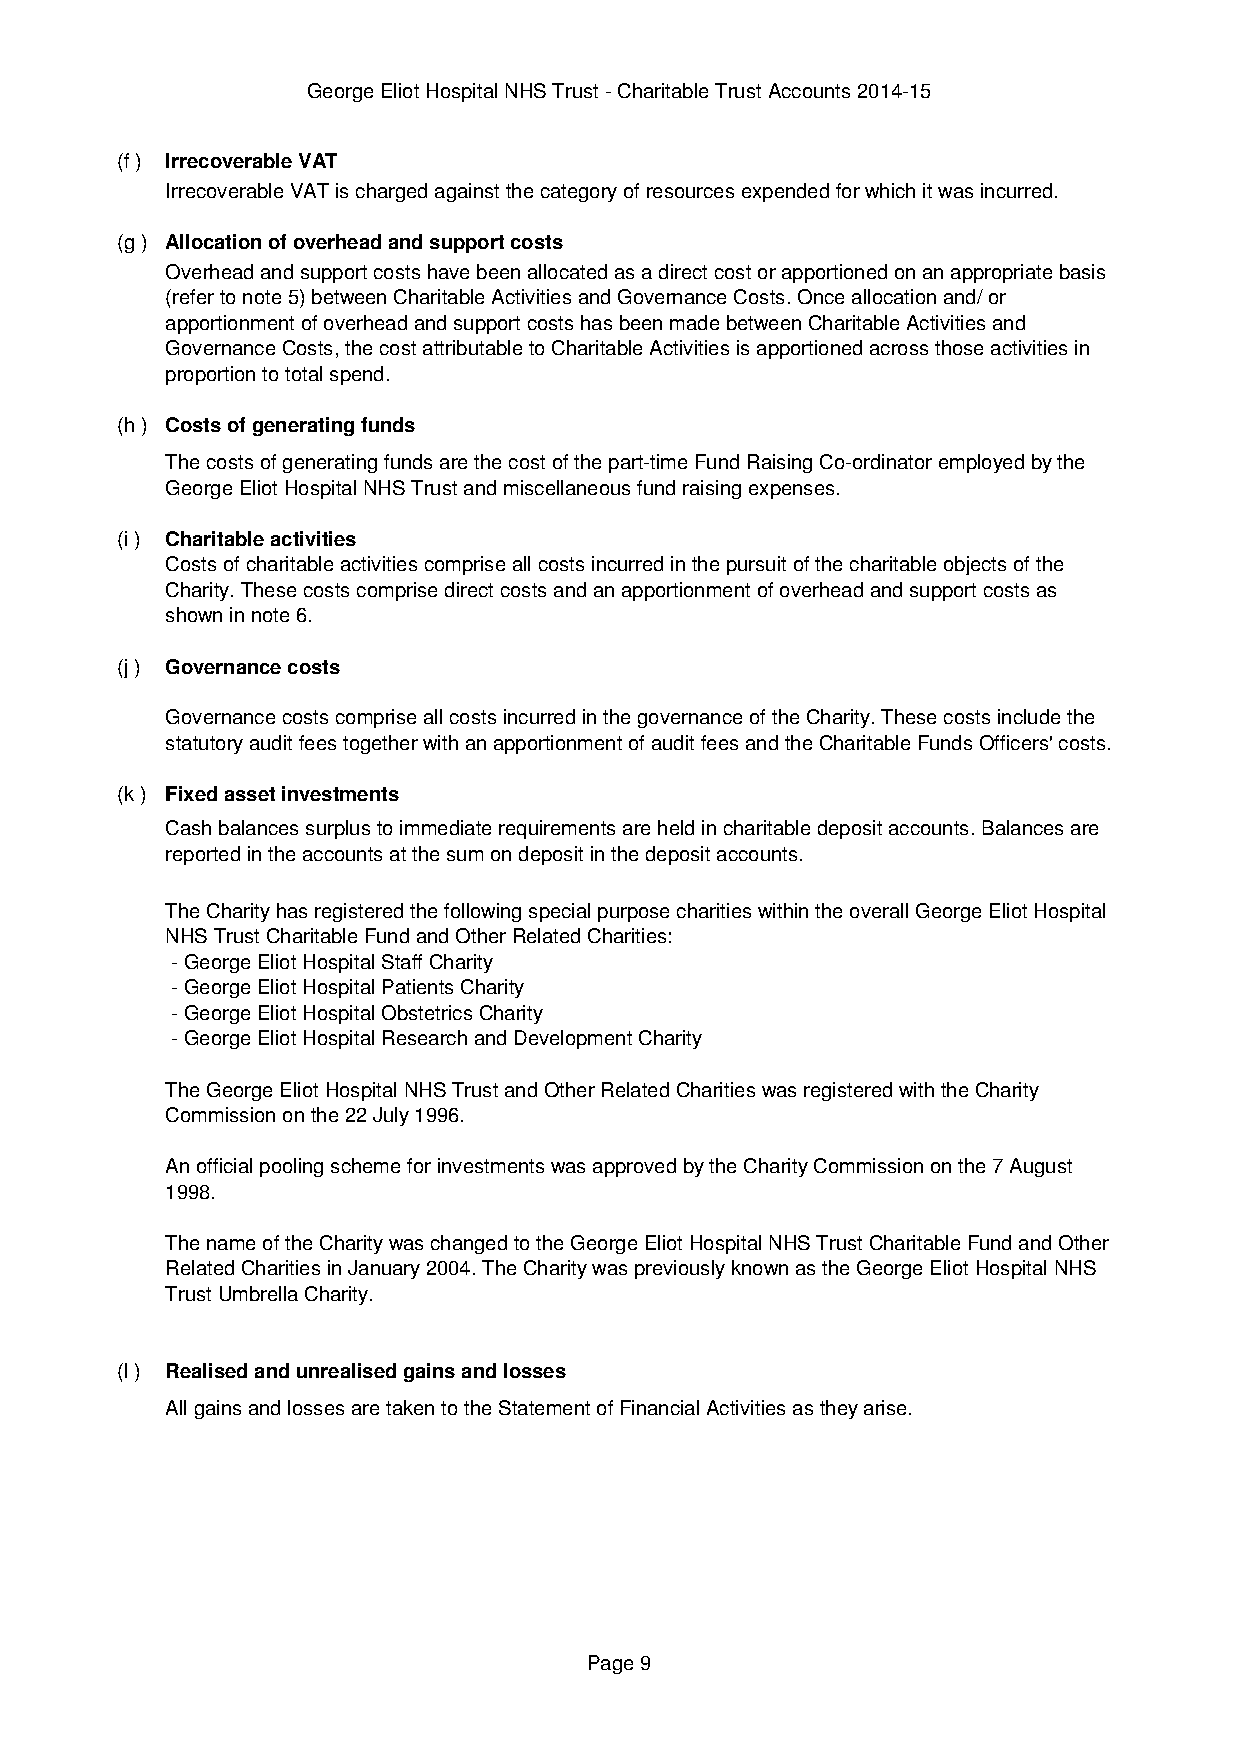
George Eliot Hospital NHS Trust - Charitable Trust Accounts 2014-15
 (f ) Irrecoverable VAT
 Irrecoverable VAT is charged against the category of resources expended for which it was incurred.
 (g ) Allocation of overhead and support costs
 Overhead and support costs have been allocated as a direct cost or apportioned on an appropriate basis
 (refer to note 5) between Charitable Activities and Governance Costs. Once allocation and/ or
 apportionment of overhead and support costs has been made between Charitable Activities and
 Governance Costs, the cost attributable to Charitable Activities is apportioned across those activities in
 proportion to total spend.
 (h ) Costs of generating funds
 The costs of generating funds are the cost of the part-time Fund Raising Co-ordinator employed by the
 George Eliot Hospital NHS Trust and miscellaneous fund raising expenses.
 (i ) Charitable activities
 Costs of charitable activities comprise all costs incurred in the pursuit of the charitable objects of the
 Charity. These costs comprise direct costs and an apportionment of overhead and support costs as
 shown in note 6.
 (j ) Governance costs
 Governance costs comprise all costs incurred in the governance of the Charity. These costs include the
 statutory audit fees together with an apportionment of audit fees and the Charitable Funds Officers' costs.
 (k ) Fixed asset investments
 Cash balances surplus to immediate requirements are held in charitable deposit accounts. Balances are
 reported in the accounts at the sum on deposit in the deposit accounts.
 The Charity has registered the following special purpose charities within the overall George Eliot Hospital
 NHS Trust Charitable Fund and Other Related Charities:
 - George Eliot Hospital Staff Charity
 - George Eliot Hospital Patients Charity
 - George Eliot Hospital Obstetrics Charity
 - George Eliot Hospital Research and Development Charity
 The George Eliot Hospital NHS Trust and Other Related Charities was registered with the Charity
 Commission on the 22 July 1996.
 An official pooling scheme for investments was approved by the Charity Commission on the 7 August
 1998.
 The name of the Charity was changed to the George Eliot Hospital NHS Trust Charitable Fund and Other
 Related Charities in January 2004. The Charity was previously known as the George Eliot Hospital NHS
 Trust Umbrella Charity.
 (l ) Realised and unrealised gains and losses
 All gains and losses are taken to the Statement of Financial Activities as they arise.
 Page 9